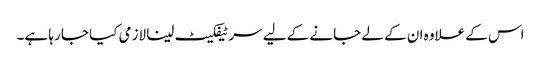
اس کے علاوہ ان کے لے جانے کے لیے سرٹیفکیٹ لینا لازمی کیا جا رہا ہے۔